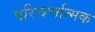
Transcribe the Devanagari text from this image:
परिचर्चात्मक